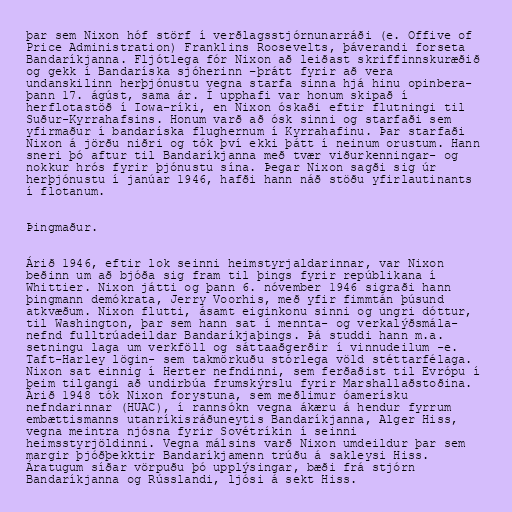
þar sem Nixon hóf störf í verðlagsstjórnunarráði (e. Offive of
Price Administration) Franklins Roosevelts, þáverandi forseta
Bandaríkjanna. Fljótlega fór Nixon að leiðast skriffinnskuræðið
og gekk í Bandaríska sjóherinn –þrátt fyrir að vera
undanskilinn herþjónustu vegna starfa sinna hjá hinu opinbera-
þann 17. ágúst, sama ár. Í upphafi var honum skipað í
herflotastöð í Iowa-ríki, en Nixon óskaði eftir flutningi til
Suður-Kyrrahafsins. Honum varð að ósk sinni og starfaði sem
yfirmaður í bandaríska flughernum í Kyrrahafinu. Þar starfaði
Nixon á jörðu niðri og tók því ekki þátt í neinum orustum. Hann
sneri þó aftur til Bandaríkjanna með tvær viðurkenningar- og
nokkur hrós fyrir þjónustu sína. Þegar Nixon sagði sig úr
herþjónustu í janúar 1946, hafði hann náð stöðu yfirlautinants
í flotanum.

Þingmaður.

Árið 1946, eftir lok seinni heimstyrjaldarinnar, var Nixon
beðinn um að bjóða sig fram til þings fyrir repúblikana í
Whittier. Nixon játti og þann 6. nóvember 1946 sigraði hann
þingmann demókrata, Jerry Voorhis, með yfir fimmtán þúsund
atkvæðum. Nixon flutti, ásamt eiginkonu sinni og ungri dóttur,
til Washington, þar sem hann sat í mennta- og verkalýðsmála-
nefnd fulltrúadeildar Bandaríkjaþings. Þá studdi hann m.a.
setningu laga um verkföll og sáttaaðgerðir í vinnudeilum -e.
Taft-Harley lögin- sem takmörkuðu stórlega völd stéttarfélaga.
Nixon sat einnig í Herter nefndinni, sem ferðaðist til Evrópu í
þeim tilgangi að undirbúa frumskýrslu fyrir Marshallaðstoðina.
Árið 1948 tók Nixon forystuna, sem meðlimur óamerísku
nefndarinnar (HUAC), í rannsókn vegna ákæru á hendur fyrrum
embættismanns utanríkisráðuneytis Bandaríkjanna, Alger Hiss,
vegna meintra njósna fyrir Sovétríkin í seinni
heimsstyrjöldinni. Vegna málsins varð Nixon umdeildur þar sem
margir þjóðþekktir Bandaríkjamenn trúðu á sakleysi Hiss.
Áratugum síðar vörpuðu þó upplýsingar, bæði frá stjórn
Bandaríkjanna og Rússlandi, ljósi á sekt Hiss.